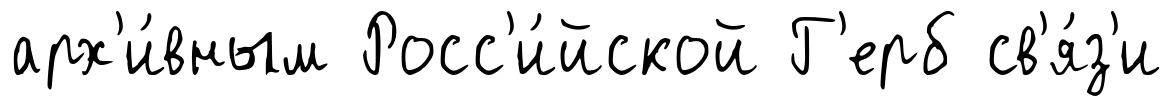
арх'и́вным Росс'и́йской Г'ерб св'я́з'и